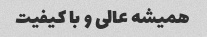
همیشه عالی و با کیفیت